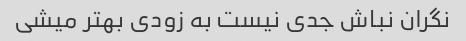
نگران نباش جدی نیست به زودی بهتر میشی